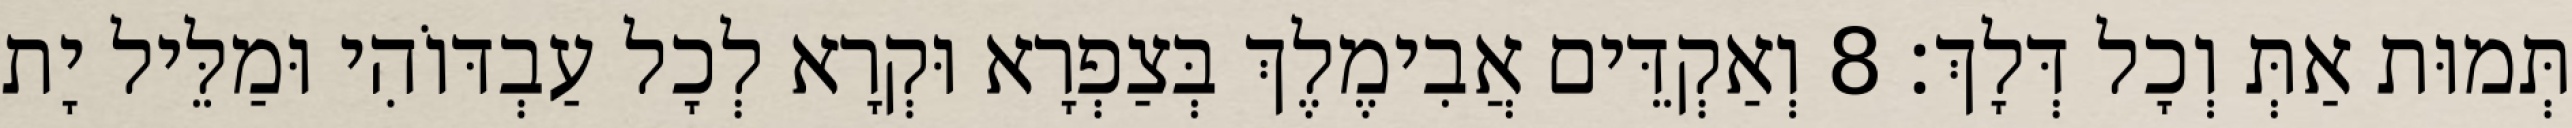
תְּמוּת אַתְּ וְכָל דְּלָךְ׃ 8 וְאַקְדֵּים אֲבִימֶלֶךְ בְּצַפְרָא וּקְרָא לְכָל עַבְדּוֹהִי וּמַלֵּיל יָת